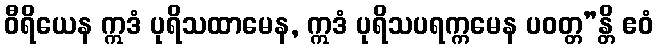
ဝီရိယေန ဣဒံ ပုရိသထာမေန, ဣဒံ ပုရိသပရက္ကမေန ပဝတ္တ”န္တိ ဧဝံ